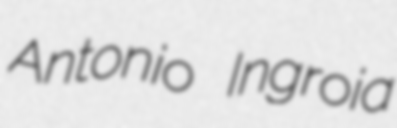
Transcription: Antonio Ingroia